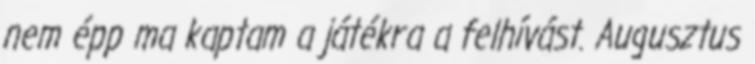
nem épp ma kaptam a játékra a felhívást. Augusztus